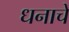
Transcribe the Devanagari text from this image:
धनाचें